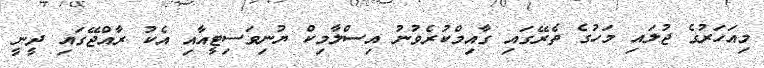
މިއަހަރުގެ ޖުލައި މަހުގެ ތެރޭގައި ގާއިމްކުރެވުނު އިސްލާމިކް ޔުނިވަސިޓީއާއި އެކު ރާއްޖޭގައި ދީނީ